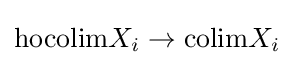
\mathrm {hocolim} X_{i}\to \mathrm {colim} X_{i}